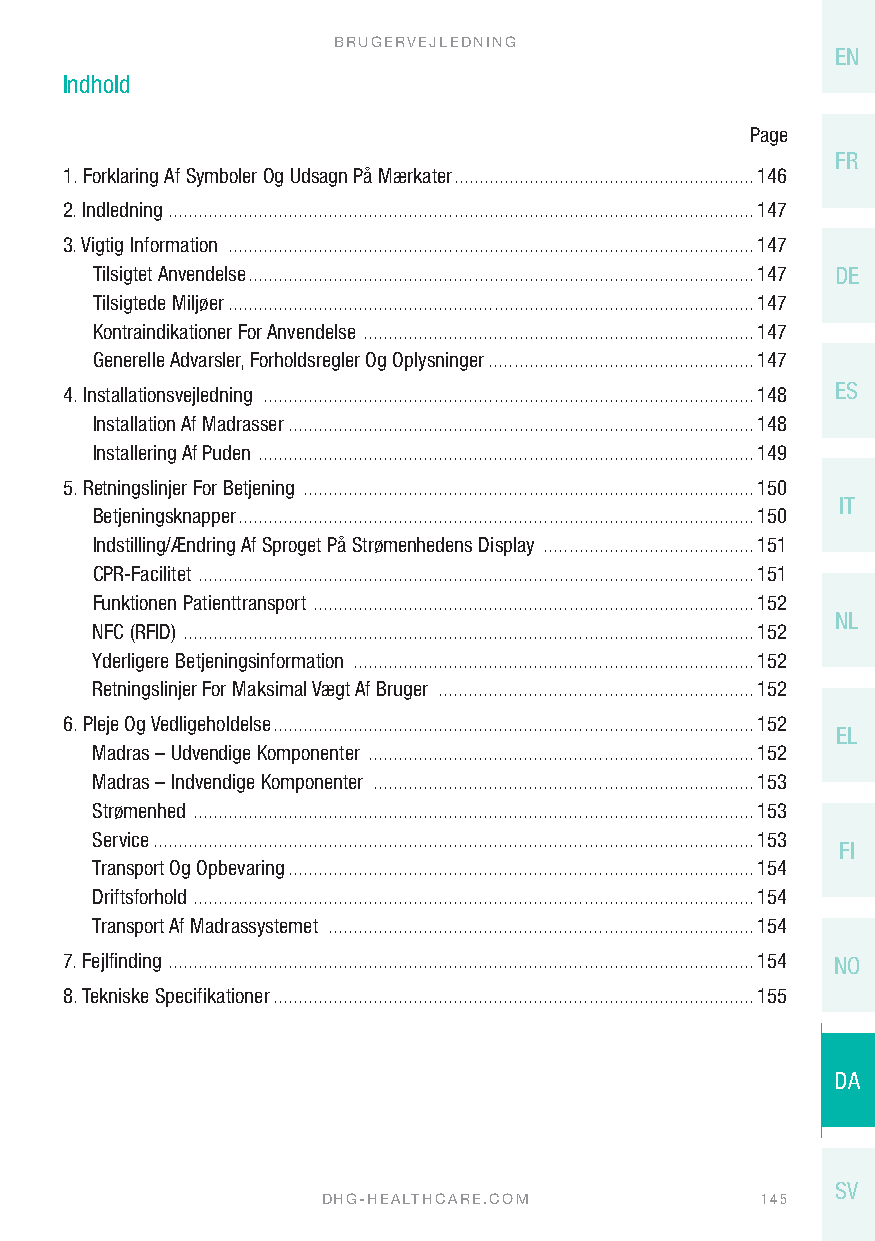
BRUGERVEJLEDNING
 EN
 Indhold
 Page
 FR
 1. Forklaring Af Symboler Og Udsagn På Mærkater ............................................................146
 2. Indledning .....................................................................................................................147
 3. Vigtig Information .........................................................................................................147
 Tilsigtet Anvendelse .....................................................................................................147 DE
 Tilsigtede Miljøer .........................................................................................................147
 Kontraindikationer For Anvendelse ..............................................................................147
 Generelle Advarsler, Forholdsregler Og Oplysninger .....................................................147
 4. Installationsvejledning ..................................................................................................148 ES
 Installation Af Madrasser .............................................................................................148
 Installering Af Puden ...................................................................................................149
 5. Retningslinjer For Betjening ..........................................................................................150
 IT
 Betjeningsknapper .......................................................................................................150
 Indstilling/Ændring Af Sproget På Strømenhedens Display ..........................................151
 CPR-Facilitet ...............................................................................................................151
 Funktionen Patienttransport ........................................................................................152
 NL
 NFC (RFID) ..................................................................................................................152
 Yderligere Betjeningsinformation ................................................................................152
 Retningslinjer For Maksimal Vægt Af Bruger ...............................................................152
 6. Pleje Og Vedligeholdelse ................................................................................................152
 EL
 Madras – Udvendige Komponenter .............................................................................152
 Madras – Indvendige Komponenter ............................................................................153
 Strømenhed ................................................................................................................153
 Service ........................................................................................................................153
 FI
 Transport Og Opbevaring .............................................................................................154
 Driftsforhold ................................................................................................................154
 Transport Af Madrassystemet .....................................................................................154
 7. Fejlfinding .....................................................................................................................154 NO
 8. Tekniske Specifikationer ................................................................................................155
 DA
 SV
 DHG-HEALTHCARE.COM           145